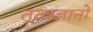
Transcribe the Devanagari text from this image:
तत्वज्ञानों